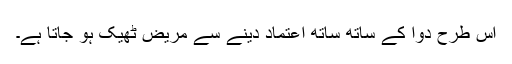
اس طرح دوا کے ساتھ ساتھ اعتماد دینے سے مریض ٹھیک ہو جاتا ہے۔